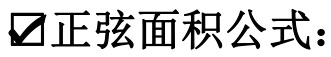
✔正弦面积公式：